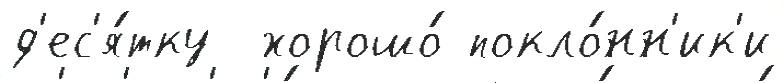
д'ес'я́тку  хорошо́ покло́нн'ик'и